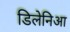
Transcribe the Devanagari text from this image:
डिलेनिआ